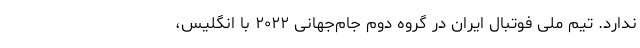
ندارد. تیم ملی فوتبال ایران در گروه دوم جام‌جهانی ۲۰۲۲ با انگلیس،